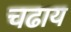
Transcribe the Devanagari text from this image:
चढाय